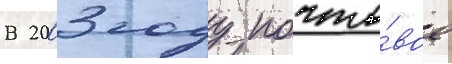
В 2003 году почто́вое